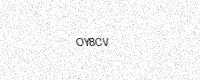
Text: OY8CV